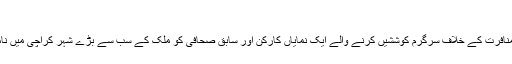
‘‘
پاکستان میں سماجی حقوق کے لیے اور مذہبی منافرت کے خلاف سرگرم کوششیں کرنے والے ایک نمایاں کارکن اور سابق صحافی کو ملک کے سب سے بڑے شہر کراچی میں نامعلوم مسلح افراد نے گولی مار کر ہلاک کر دیا۔